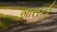
શાસકો